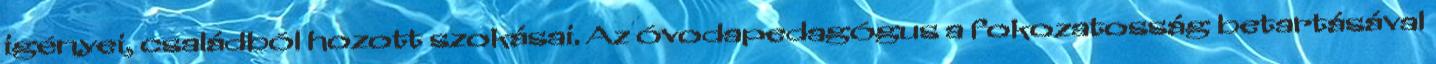
igényei, családból hozott szokásai. Az óvodapedagógus a fokozatosság betartásával